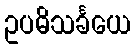
ဥပဓိသင်္ခယေ